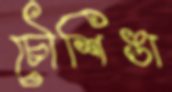
চৌশিঙা